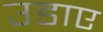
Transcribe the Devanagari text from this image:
उडाए